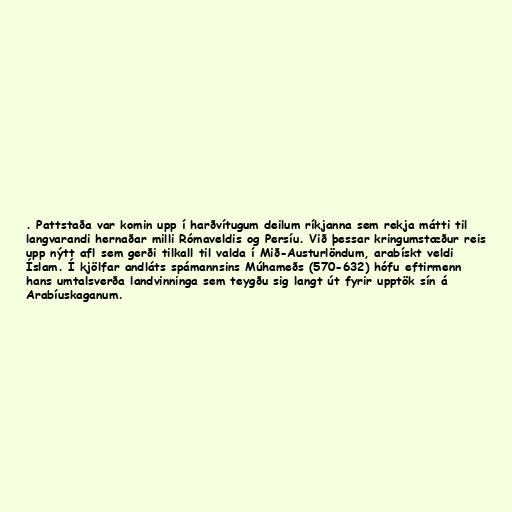
. Pattstaða var komin upp í harðvítugum deilum ríkjanna sem rekja mátti til
langvarandi hernaðar milli Rómaveldis og Persíu. Við þessar kringumstæður reis
upp nýtt afl sem gerði tilkall til valda í Mið-Austurlöndum, arabískt veldi
Íslam. Í kjölfar andláts spámannsins Múhameðs (570-632) hófu eftirmenn
hans umtalsverða landvinninga sem teygðu sig langt út fyrir upptök sín á
Arabíuskaganum.